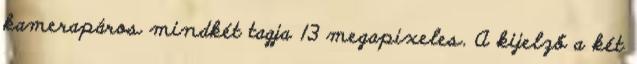
kamerapáros mindkét tagja 13 megapixeles. A kijelző a két